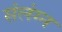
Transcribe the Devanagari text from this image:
संलंग्न